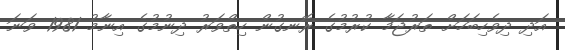
އަދި ދިވެހިބަހަށް ތަރުޖަމާ ކުރުމުގެ ރޮނގުން ހިތްވަރު ދިނުމުގެ އިނާމު 1981 ވަނަ